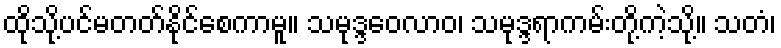
ထိုသို့ပင်မတတ်နိုင်စေကာမူ။ သမုဒ္ဒဝေလာဝ၊ သမုဒ္ဒရာကမ်းတို့ကဲ့သို့။ သတံ၊